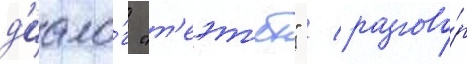
д'иало́г "т'еэт'ет" / разгово́р